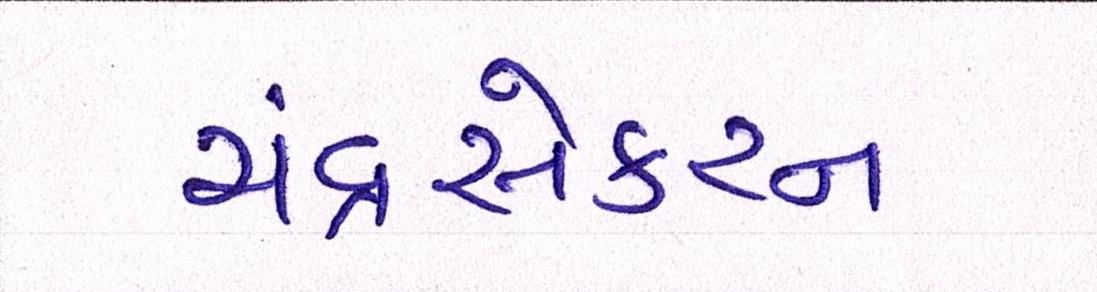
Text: ચંદ્રસેકરન